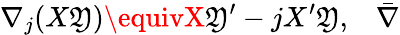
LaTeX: \nabla_{j}(X\mathfrak{Y})\equivX\mathfrak{Y}^{\prime}-jX^{\prime}\mathfrak{Y},\; \; \; \bar{{\nabla}}